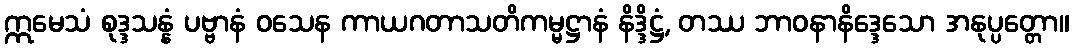
ဣမေသံ စုဒ္ဒသန္နံ ပဗ္ဗာနံ ဝသေန ကာယဂတာသတိကမ္မဋ္ဌာနံ နိဒ္ဒိဋ္ဌံ, တဿ ဘာဝနာနိဒ္ဒေသော အနုပ္ပတ္တော။